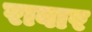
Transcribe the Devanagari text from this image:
रावार